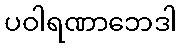
ပဝါရဏာဘေဒါ